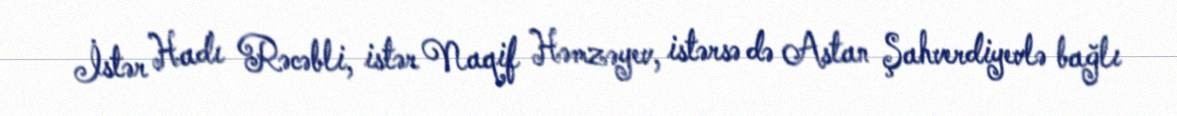
İstər Hadı Rəcəbli, istər Naqif Həmzəyev, istərsə də Astan Şahverdiyevlə bağlı